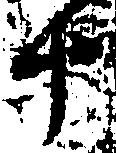
十